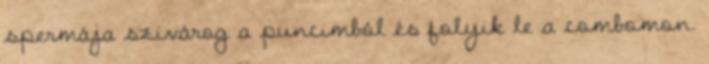
spermája szivárog a puncimból és folyik le a combomon.